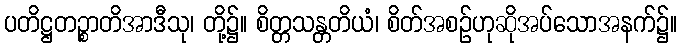
ပတိဋ္ဌတဉ္စာတိအာဒီသု၊ တို့၌။ စိတ္တသန္တတိယံ၊ စိတ်အစဉ်ဟုဆိုအပ်သောအနက်၌။